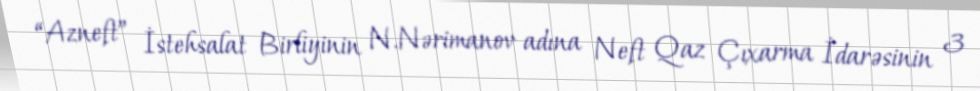
“Azneft” İstehsalat Birliyinin N.Nərimanov adına Neft Qaz Çıxarma İdarəsinin 3